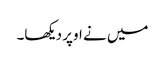
میں نے اوپر دیکھا۔